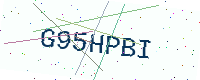
Text: G95HPBI